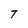
Character: 7